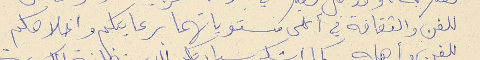
للفن والثقافة في أعلى مستوياتهما برعايتكم واخلاصكم